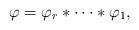
LaTeX: \begin{align*} \varphi = \varphi_r \ast \cdots \ast \varphi_1, \end{align*}